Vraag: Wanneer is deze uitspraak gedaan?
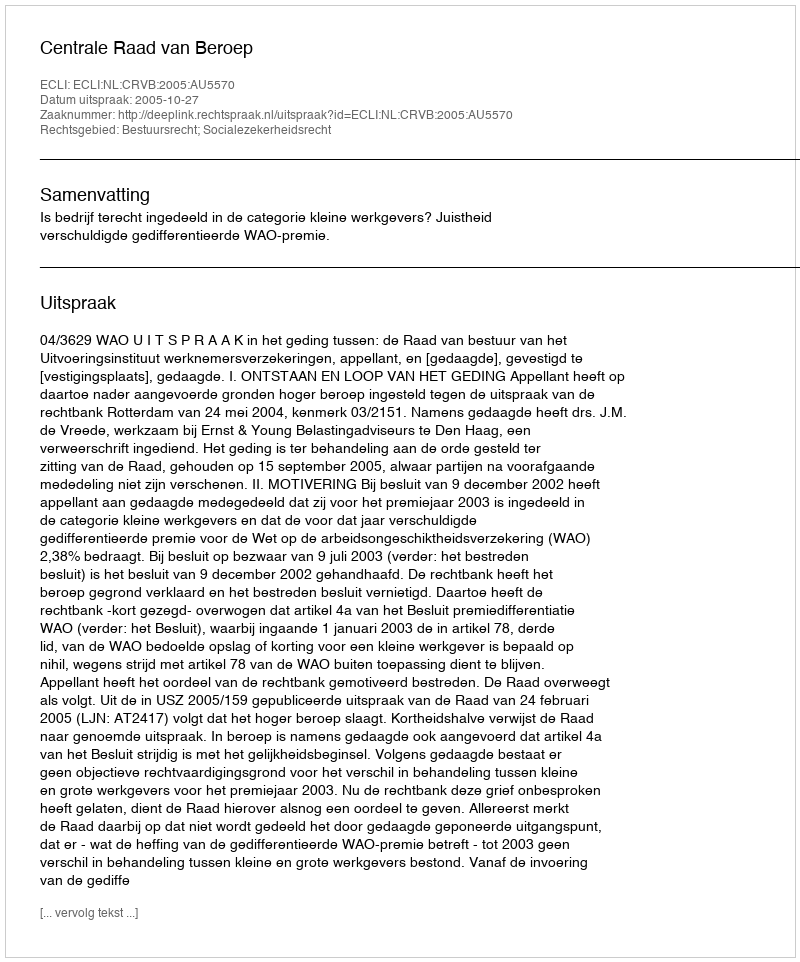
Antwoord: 2005-10-27